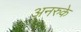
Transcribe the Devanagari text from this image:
अनरुके